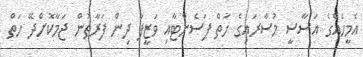
އެމީހެއްގެ އަސާސީ މުސާރައިގެ ހަތް ޕަސެންޓާއި ވަޒީފާ ދިން ފަރާތުން ޖަމާކޮށްދޭ ހަތް